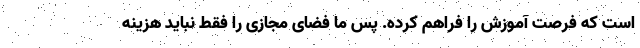
است که فرصت آموزش را فراهم کرده. پس ما فضای مجازی را فقط نباید هزینه